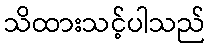
သိထားသင့်ပါသည်